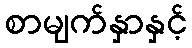
စာမျက်နှာနှင့်